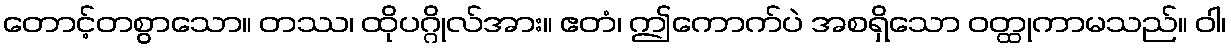
တောင့်တစွာသော။ တဿ၊ ထိုပဂ္ဂိုလ်အား။ ဧတံ၊ ဤကောက်ပဲ အစရှိသော ဝတ္ထုကာမသည်။ ဝါ၊